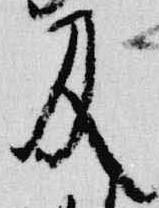
及